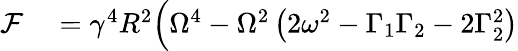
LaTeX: \begin{array}{rl}{\mathcal{F}}&{{}=\gamma^{4}R^{2}\Big(\Omega^{4}-\Omega^{2}\left(2\omega^{2}-\Gamma_{1}\Gamma_{2}-2\Gamma_{2}^{2}\right)}\end{array}